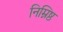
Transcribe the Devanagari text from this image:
निम्निष्ठ